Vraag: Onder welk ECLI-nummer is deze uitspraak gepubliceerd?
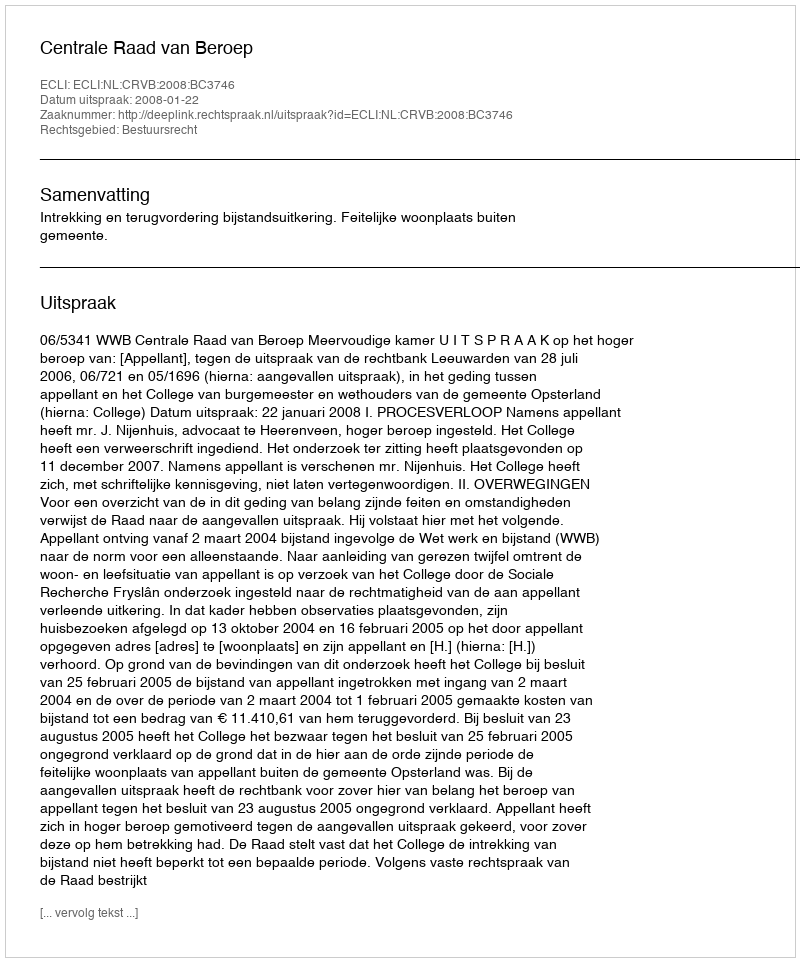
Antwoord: ECLI:NL:CRVB:2008:BC3746